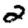
Digit: 2